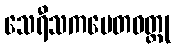
သေရီသကပေတဝတ္ထု